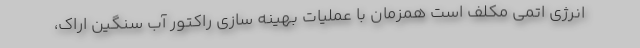
انرژی اتمی مکلف است همزمان با عملیات بهینه سازی راکتور آب سنگین اراک،